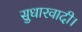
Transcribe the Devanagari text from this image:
सुधारवादी।